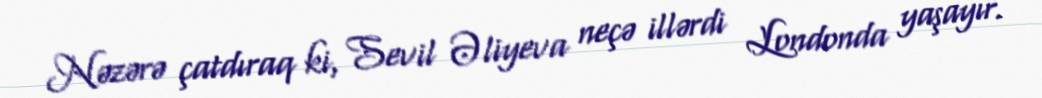
Nəzərə çatdıraq ki, Sevil Əliyeva neçə illərdi Londonda yaşayır.